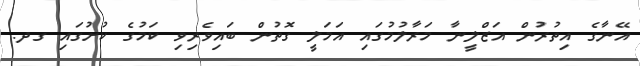
އޭނާގެ އިތުރުން އަޒްލީނާ މަރާލުމުގައި އަމަލީ ގޮތުން ބައިވެރިވި ކަމުގެ ކުށުގައި ގދ.